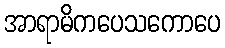
အာရာမိကပေသကောပေ